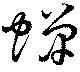
蝉